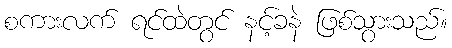
စကားလက် ရင်ထဲတွင် နင့်ခနဲ ဖြစ်သွားသည်။